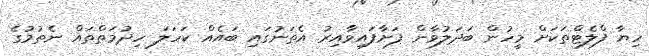
ހިޔާ ފްލެޓްތަކަށް މީހުން ބަދަލުވާން ފަށާފައިވާއިރު އެތަނުގައި ބައެއް ކަހަލަ ހިދުމަތްތައް ނެތުމުގެ